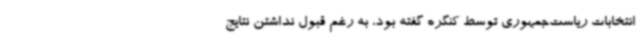
انتخابات ریاست‌جمهوری توسط کنگره گفته بود، به رغم قبول نداشتن نتایج